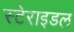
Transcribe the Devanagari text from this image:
स्टेराइडल